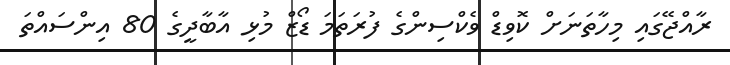
ރާއްޖޭގައި މިހާތަނަށް ކޮވިޑް ވެކްސިންގެ ފުރަތަމަ ޑޯޒް މުޅި އާބާދީގެ 80 އިންސައްތަ